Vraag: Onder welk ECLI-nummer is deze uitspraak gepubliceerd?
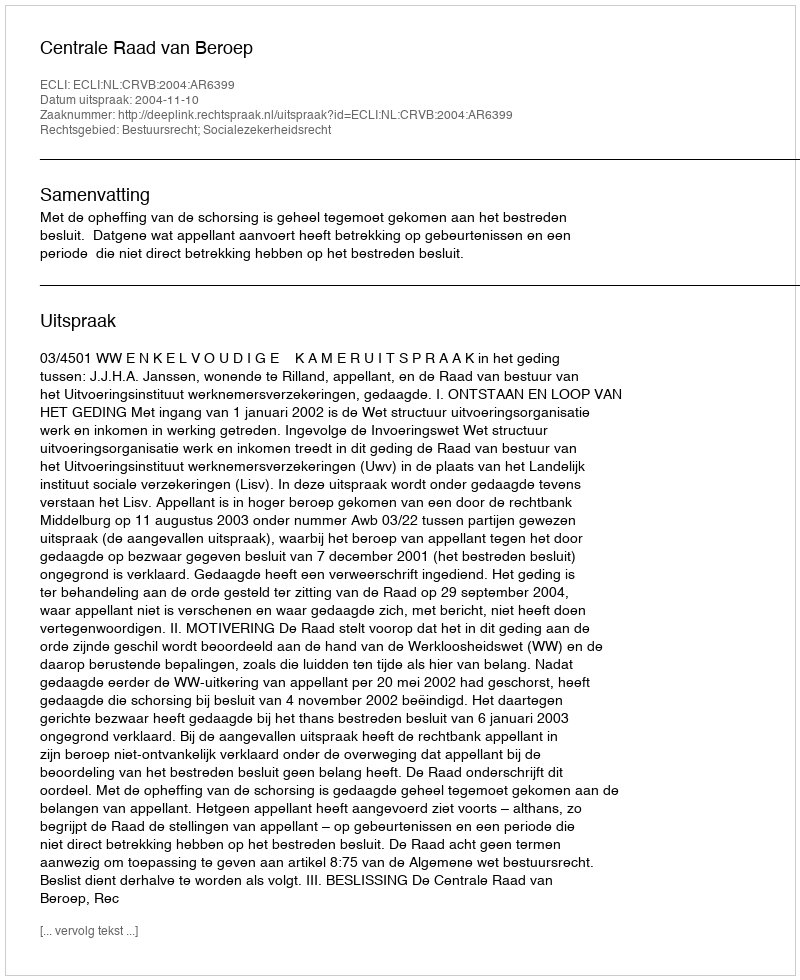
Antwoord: ECLI:NL:CRVB:2004:AR6399